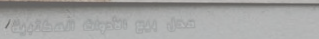
محل بيع الأدوات المكتبية